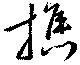
樵